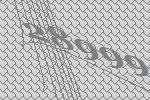
28999